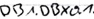
Text: DB1.DBX0.1